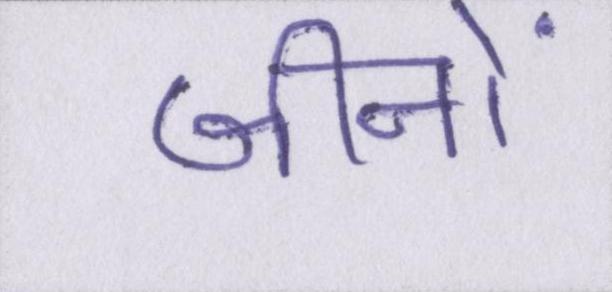
जीनों